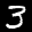
Label: 3